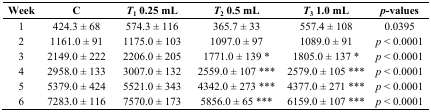
<table><thead><tr><td><b>Week</b></td><td><b>C</b></td><td><b><i>T</i><sub>1</sub> 0.25 mL</b></td><td><b><i>T</i><sub>2</sub> 0.5 mL</b></td><td><b><i>T</i><sub>3</sub> 1.0 mL</b></td><td><b><i>p</i>-values</b></td></tr></thead><tbody><tr><td>1</td><td>424.3 ± 68</td><td>574.3 ± 116</td><td>365.7 ± 33</td><td>557.4 ± 108</td><td>0.0395</td></tr><tr><td>2</td><td>1161.0 ± 91</td><td>1175.0 ± 103</td><td>1097.0 ± 97</td><td>1089.0 ± 91</td><td><i>p</i> &lt; 0.0001</td></tr><tr><td>3</td><td>2149.0 ± 222</td><td>2206.0 ± 205</td><td>1771.0 ± 139 *</td><td>1805.0 ± 137 *</td><td><i>p</i> &lt; 0.0001</td></tr><tr><td>4</td><td>2958.0 ± 133</td><td>3007.0 ± 132</td><td>2559.0 ± 107 ***</td><td>2579.0 ± 105 ***</td><td><i>p</i> &lt; 0.0001</td></tr><tr><td>5</td><td>5379.0 ± 424</td><td>5521.0 ± 343</td><td>4342.0 ± 273 ***</td><td>4377.0 ± 271 ***</td><td><i>p</i> &lt; 0.0001</td></tr><tr><td>6</td><td>7283.0 ± 116</td><td>7570.0 ± 173</td><td>5856.0 ± 65 ***</td><td>6159.0 ± 107 ***</td><td><i>p</i> &lt; 0.0001</td></tr></tbody></table>